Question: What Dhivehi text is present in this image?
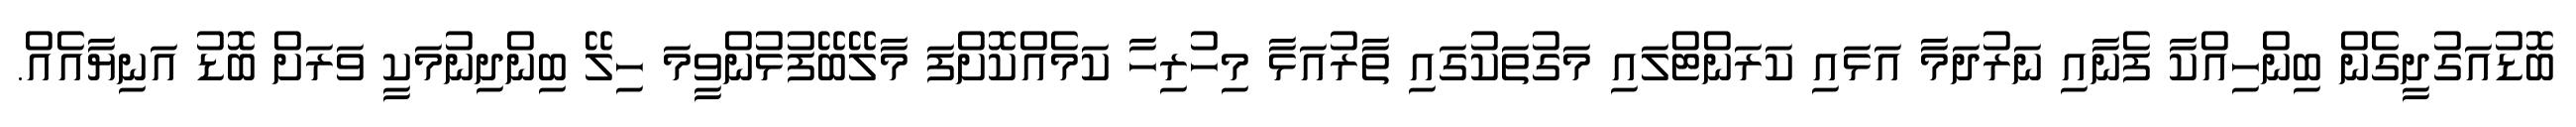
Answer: ބޮޑުއަގުދީގެން ބިންހިއްކާ ފެނާއި ނަރުދަމާ އަޅައި ކަރަންޓްލައި މަގުތަކުގައި ތާރުއަޅާ މިހުރިހާ ކަމެއްކޮށްފަ މާލޭބޭފުޅުންވީމަ ހިލޭ ބިންދިނުމަކީ ވަރަށް ބޮޑު އަނިޔާއެއް.